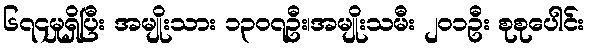
၆၇၄မှုရှိပြီး အမျိုးသား ၁၃၀၇ဦး၊အမျိုးသမီး ၂၀၁ဦး စုစုပေါင်း